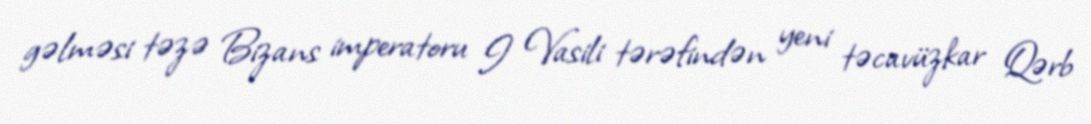
gəlməsi təzə Bizans imperatoru I Vasili tərəfindən yeni təcavüzkar Qərb